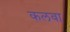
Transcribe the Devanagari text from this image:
कलवा